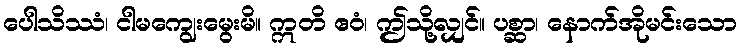
ပေါသိဿံ၊ ငါမကျွေးမွေးမိ။ ဣတိ ဧဝံ၊ ဤသို့လျှင်။ ပစ္ဆာ၊ နောက်အိုမင်းသော